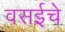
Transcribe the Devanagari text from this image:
वसईचे